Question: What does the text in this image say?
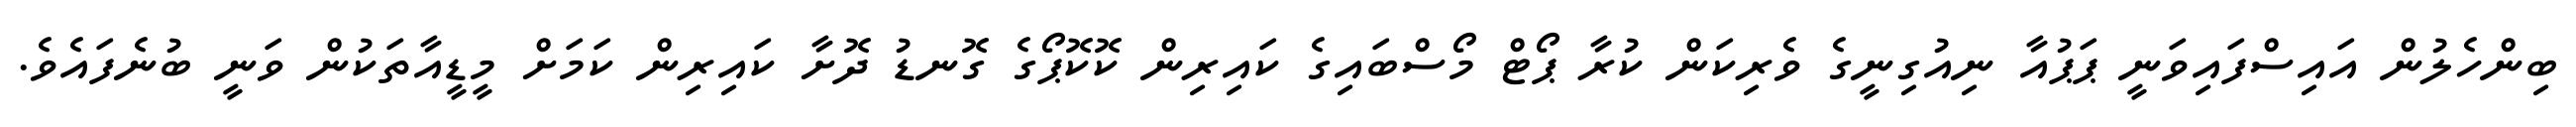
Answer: ބިންހެލުން އައިސްފައިވަނީ ޕަޕުއާ ނިއުގިނީގެ ވެރިކަން ކުރާ ޕޯޓް މޯސްބައިގެ ކައިރިން ކޮކޮޕޯގެ ގޮނޑު ދޮށާ ކައިރިން ކަމަށް މީޑީއާތަކުން ވަނީ ބުނެފައެވެ.